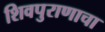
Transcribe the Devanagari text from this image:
शिवपुराणाचा